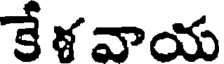
కే ళవాయ